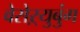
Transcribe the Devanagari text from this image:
वेसेऱ्युबुंग